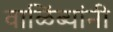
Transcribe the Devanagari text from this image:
वाळिंब्यांनी